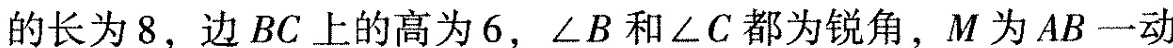
的长为8，边BC上的高为6，∠B和∠C都为锐角，M为AB一动